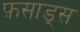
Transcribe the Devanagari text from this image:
फ़साड्स